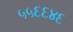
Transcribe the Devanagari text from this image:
५५६६४६